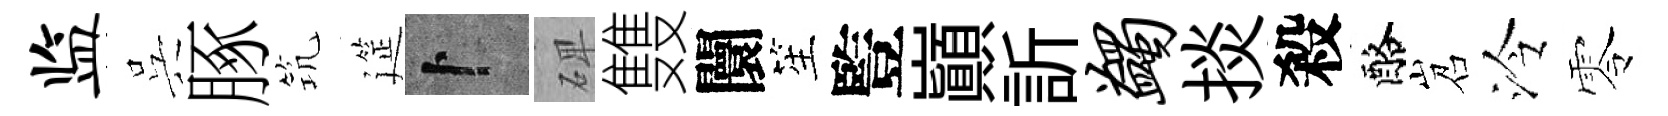
监呉䐁𥬑筵卜𥓓䨇闤笙䜿巔訢蠲掞殺酪岧泠零